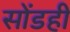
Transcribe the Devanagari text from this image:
सोंडही